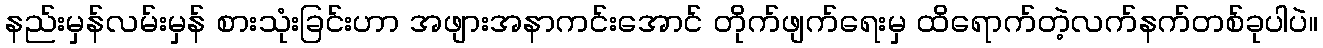
နည်းမှန်လမ်းမှန် စားသုံးခြင်းဟာ အဖျားအနာကင်းအောင် တိုက်ဖျက်ရေးမှ ထိရောက်တဲ့လက်နက်တစ်ခုပါပဲ။